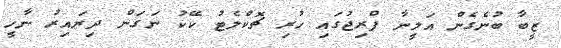
ޒީބާ ބުނެގެން އަލީނާ ފްރިޖުގައި ހުރި ޗޮކްލެޓު ކޭކު ނަގަން ދިޔައިރު ނާހީ